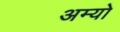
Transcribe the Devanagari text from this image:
अम्यो